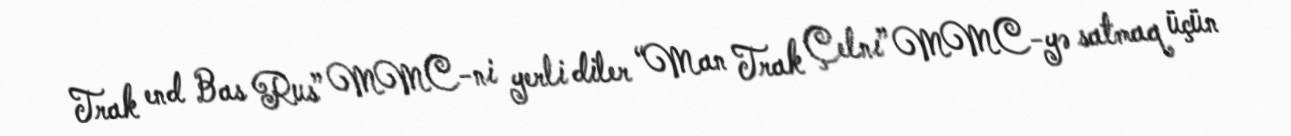
Trak end Bas Rus” MMC-ni yerli diler “Man Trak Çelnı” MMC-yə satmaq üçün